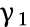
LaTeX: \upgamma_{1}